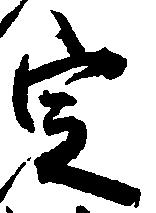
定